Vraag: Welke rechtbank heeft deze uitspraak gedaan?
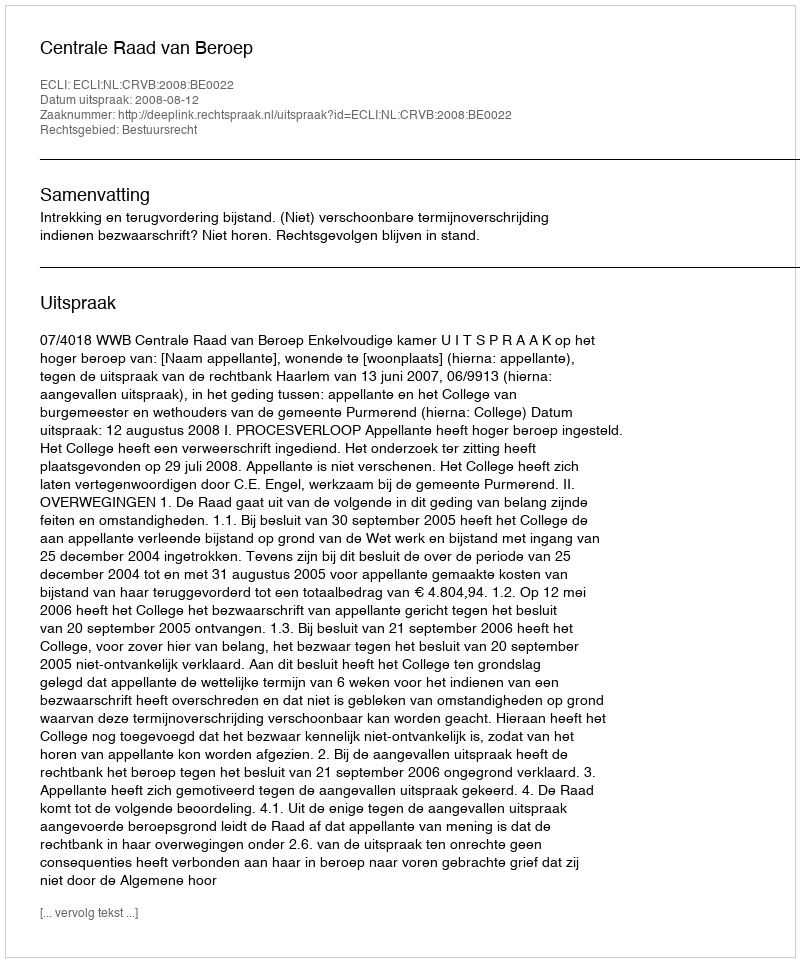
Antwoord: Centrale Raad van Beroep